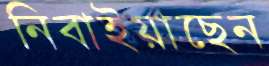
নিবাইয়াছেন